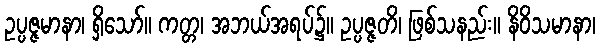
ဥပ္ပဇ္ဇမာနာ၊ ရှိသော်။ ကတ္တ၊ အဘယ်အရပ်၌။ ဥပ္ပဇ္ဇတိ၊ ဖြစ်သနည်း။ နိဝိသမာနာ၊